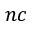
n c